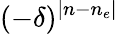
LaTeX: (-\delta)^{|n-n_{e}|}